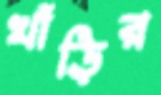
খাঁড়ির